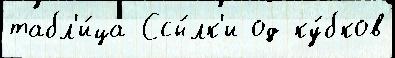
табл'и́ца Ссы́лк'и од ку́бков